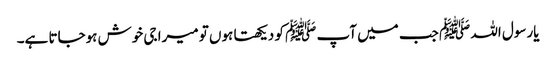
یارسول اللہ ﷺ جب میں آپ ﷺ کو دیکھتا ہوں تو میرا جی خوش ہوجاتا ہے۔